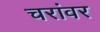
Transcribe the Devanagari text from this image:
चरांवर